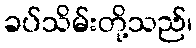
ခပ်သိမ်းတို့သည်၊